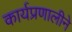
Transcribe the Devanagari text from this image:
कार्यप्रणालीने